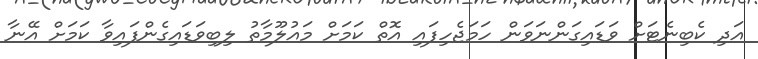
އަދި ކެބިނެޓަށް ވަޑައިގަންނަވަން ހަމަޖެހިފައި އޮތް ކަމަށް މައުލޫމާތު ލިބިވަޑައިގެންފައިވާ ކަމަށް އޭނާ